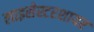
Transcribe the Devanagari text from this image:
लाइसेस्टरशायर